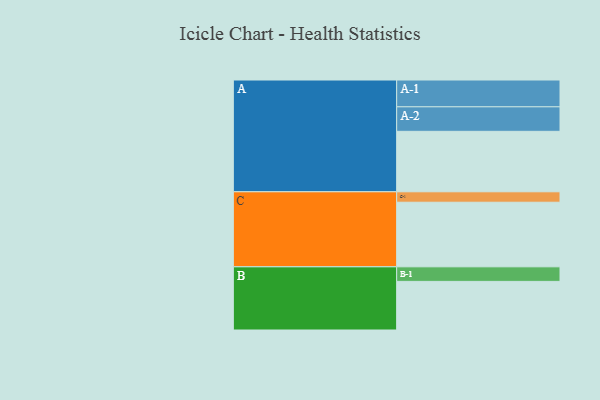
{"axis": {"x": "Segment", "y": "Value"}, "legend": ["", "A", "B", "C"], "data": [{"x": "A", "y": 469, "type": ""}, {"x": "B", "y": 377, "type": ""}, {"x": "C", "y": 501, "type": ""}, {"x": "A-1", "y": 208, "type": "A"}, {"x": "A-2", "y": 190, "type": "A"}, {"x": "B-1", "y": 113, "type": "B"}, {"x": "C-1", "y": 81, "type": "C"}]}